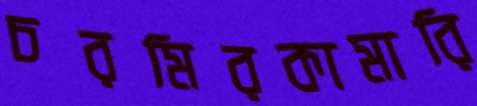
চরমিরকামারি